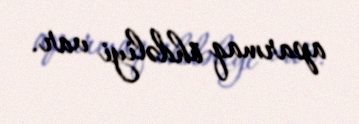
aparmaq öhdəliyi var.